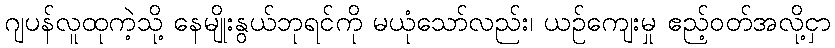
ဂျပန်လူထုကဲ့သို့ နေမျိုးနွယ်ဘုရင်ကို မယုံသော်လည်း၊ ယဉ်ကျေးမှု ဧည့်ဝတ်အလို့ငှာ